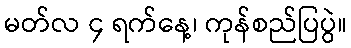
မတ်လ ၄ ရက်နေ့၊ ကုန်စည်ပြပွဲ။